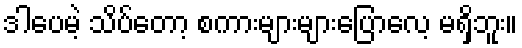
ဒါပေမဲ့ သိပ်တော့ စကားများများပြောလေ့ မရှိဘူး။